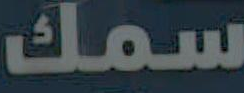
سمك